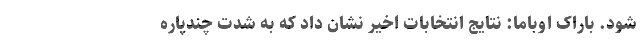
شود. باراک اوباما: نتایج انتخابات اخیر نشان داد که به شدت چندپاره